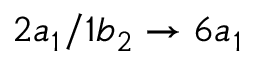
2 a _ { 1 } / 1 b _ { 2 } \rightarrow 6 a _ { 1 }